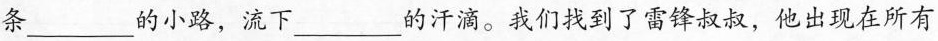
条___的小路，流下___的汗滴。我们找到了雷锋叔叔，他出现在所有